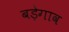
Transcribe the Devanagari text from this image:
बड़ेगाव